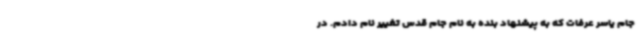
جام یاسر عرفات که به پیشنهاد بنده به نام جام قدس تغییر نام دادم. در